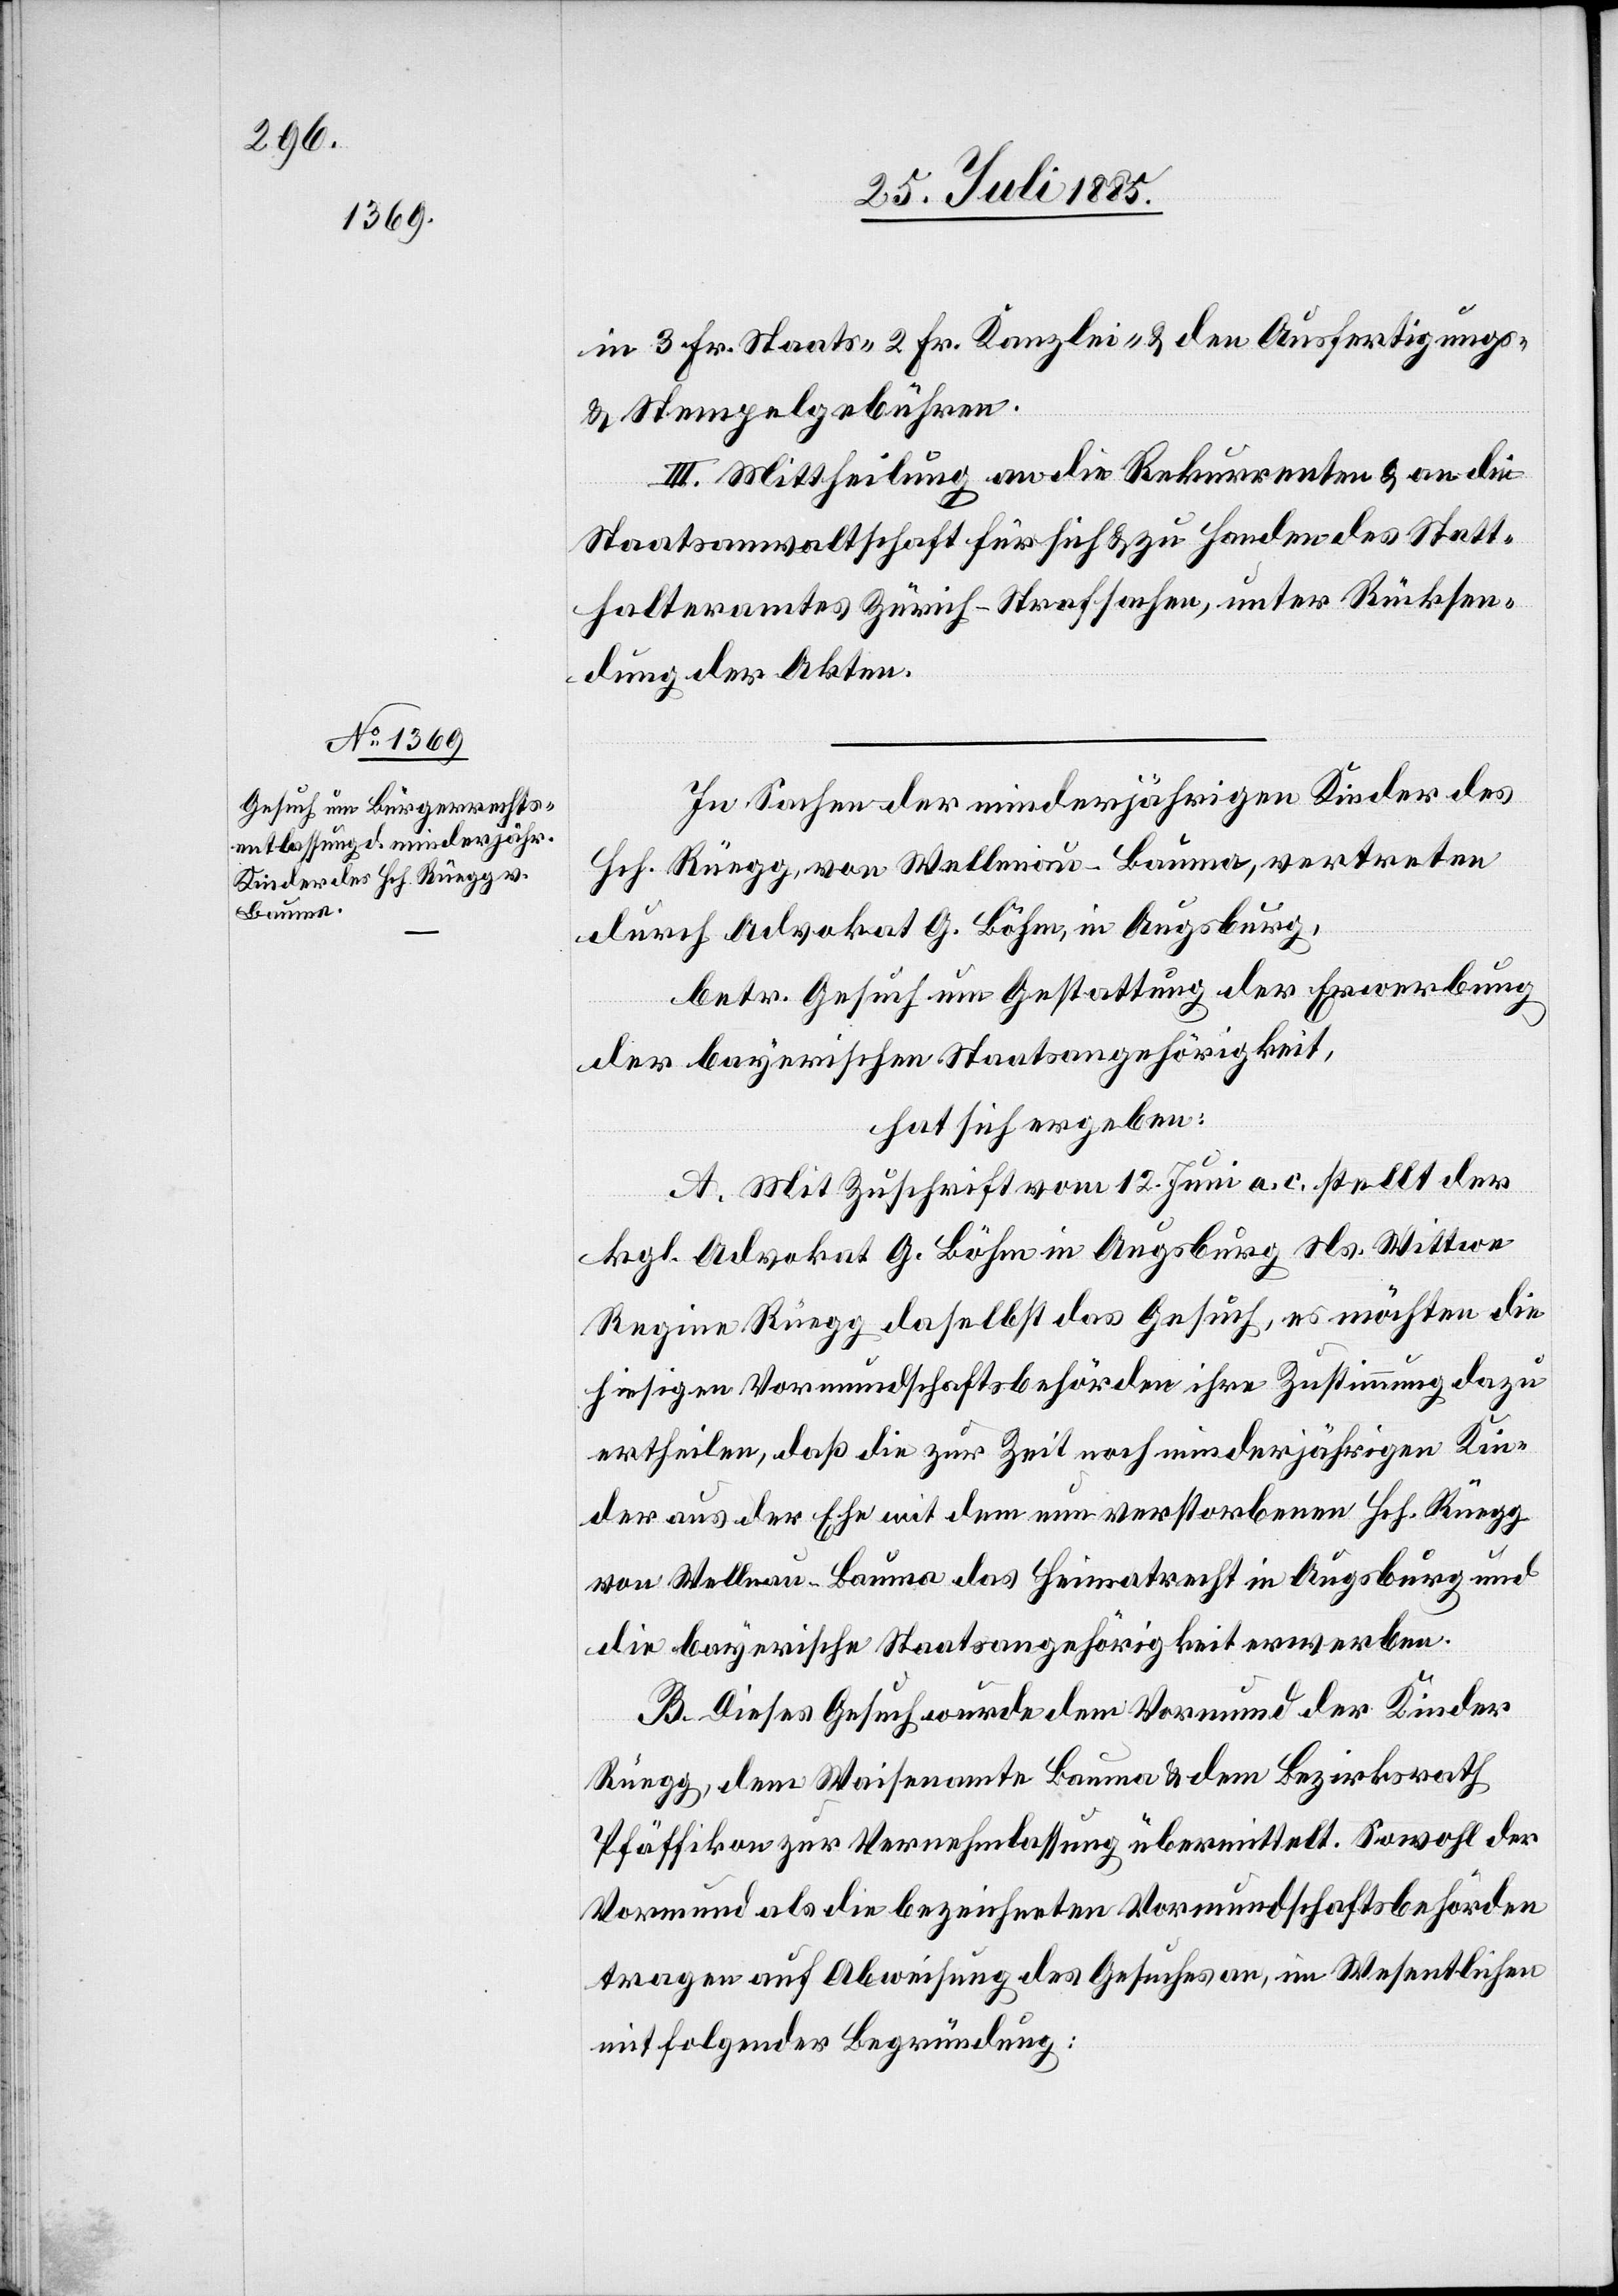
in 3 Fr. Staats-[,] 2 Fr. Kanzlei- & den Ausfertigungs-
& Stempelgebühren.
III. Mittheilung an die Rekurrenten & an die
Staatsanwaltschaft für sich & zu Handen des Statt¬
halteramtes Zürich – Strafsachen, unter Rücksen¬
dung der Akten.
In Sachen der minderjährigen Kinder des
Hch. Rüegg, von Wellenau - Bauma, vertreten
durch Advokat G. Böhm, in Augsburg,
betr. Gesuch um Gestattung der Erwerbung
der bayerischen Staatsangehörigkeit,
hat sich ergeben:
A. Mit Zuschrift vom 12. Juni a. c. stellt der
kgl. Advokat G. Böhm in Augsburg Ns. Wittwe
Regine Rüegg daselbst das Gesuch, es möchten die
hiesigen Vormundschaftsbehörden ihre Zustimmung dazu
ertheilen, daß die zur Zeit noch minderjährigen Kin¬
der aus der Ehe mit dem nun verstorbenen Hch. Rüegg
von Wellnau [sic!] - Bauma das Heimatrecht in Augsburg und
die bayerische Staatsangehörigkeit erwerben.
B. Dieses Gesuch wurde dem Vormund der Kinder
Rüegg, dem Waisenamte Bauma & dem Bezirksrath
Pfäffikon zur Vernehmlassung übermittelt. Sowohl der
Vormund als die bezeichneten Vormundschaftsbehörden
tragen auf Abweisung des Gesuches an, im Wesentlichen
mit folgender Begründung: